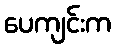
ပေကျင်းက